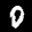
Label: 0